Regulations for the medical services of the Army of India
Year: 1930
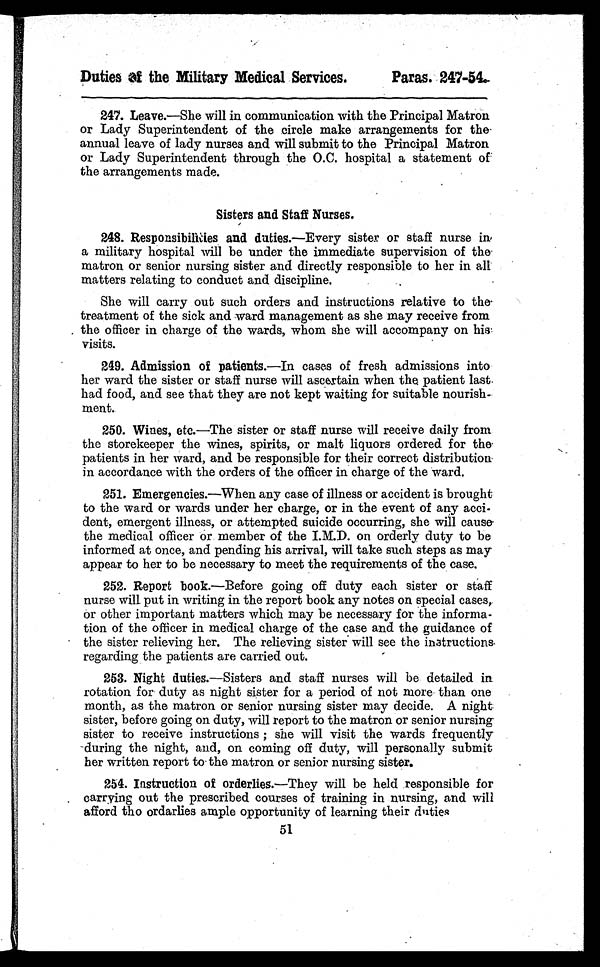
Duties of the Military Medical Services.
Paras. 247-54.
247. Leave.—She will in communication with the Principal Matron
or Lady Superintendent of the circle make arrangements for the
annual leave of lady nurses and will submit to the Principal Matron
or Lady Superintendent through the O.C. hospital a statement of
the arrangements made.
Sisters and Staff Nurses.
248. Responsibilities and duties.—Every sister or staff nurse in
a military hospital will be under the immediate supervision of the
matron or senior nursing sister and directly responsible to her in all
matters relating to conduct and discipline.
She will carry out such orders and instructions relative to the
treatment of the sick and ward management as she may receive from
the officer in charge of the wards, whom she will accompany on his
visits.
249. Admission of patients.—In cases of fresh admissions into
her ward the sister or staff nurse will ascertain when the patient last
had food, and see that they are not kept waiting for suitable nourish-
ment.
250. Wines, etc.—The sister or staff nurse will receive daily from
the storekeeper the wines, spirits, or malt liquors ordered for the
patients in her ward, and be responsible for their correct distribution
in accordance with the orders of the officer in charge of the ward.
251. Emergencies.—When any case of illness or accident is brought
to the ward or wards under her charge, or in the event of any acci
–dent, emergent illness, or attempted suicide occurring, she will cause
the medical officer or member of the I.M.D. on orderly duty to be
informed at once, and pending his arrival, will take such steps as may
appear to her to be necessary to meet the requirements of the case.
252. Report book.—Before going off duty each sister or staff
nurse will put in writing in the report book any notes on special cases,
or other important matters which may be necessary for the informa-
-tion of the officer in medical charge of the case and the guidance of
the sister relieving her. The relieving sister will see the instructions
regarding the patients are carried out.
253. Night duties.—Sisters and staff nurses will be detailed in
rotation for duty as night sister for a period of not more than one
month, as the matron or senior nursing sister may decide. A night
sister, before going on duty, will report to the matron or senior nursing
sister to receive instructions ; she will visit the wards frequently
during the night, and, on coming off duty, will personally submit
her written report to the matron or senior nursing sister.
254. Instruction of orderlies.—They will be held responsible for
carrying out the prescribed courses of training in nursing, and will
afford tho ordarlies ample opportunity of learning their duties
51